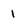
Character: 1